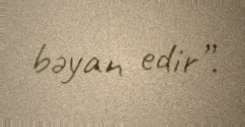
bəyan edir”.